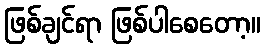
ဖြစ်ချင်ရာ ဖြစ်ပါစေတော့။